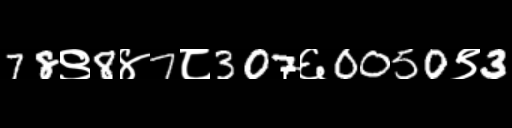
Text: 78९8४7८307६0050९3